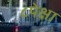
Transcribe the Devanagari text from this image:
८पेक्षा